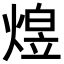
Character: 𬊸